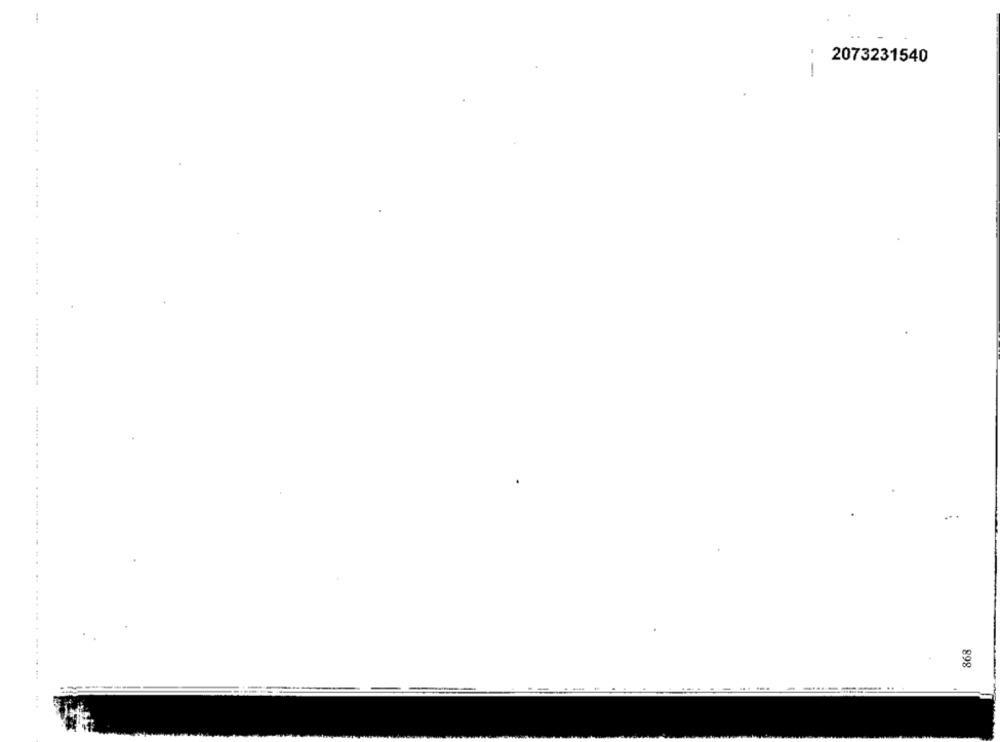
1
2073231540
-
868
........-....